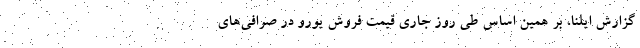
گزارش ایلنا، بر همین‌ اساس طی روز جاری قیمت فروش یورو در صرافی‌های